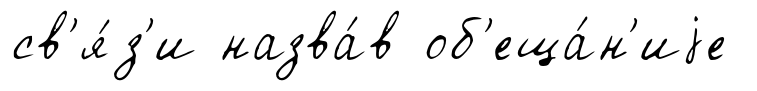
св'я́з'и назва́в об'еща́н'иjе